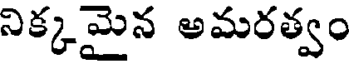
నిక్కమైన అమరత్వం